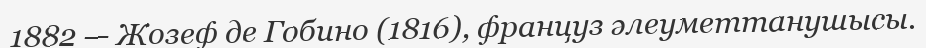
1882 — Жозеф де Гобино (1816), француз әлеуметтанушысы.